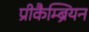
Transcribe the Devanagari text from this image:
प्रीकैम्ब्रियन